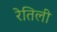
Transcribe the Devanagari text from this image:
रेतिली